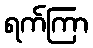
ရက်ကြာ